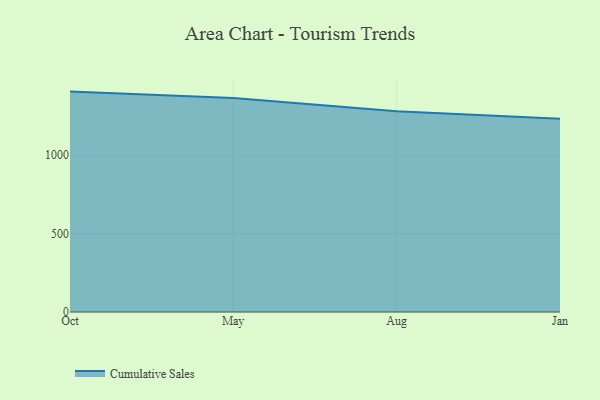
{"axis": {"x": "Month", "y": "Demand Index"}, "legend": ["Cumulative Sales"], "data": [{"x": "Oct", "y": 1406.3, "type": "Cumulative Sales"}, {"x": "May", "y": 1365.5, "type": "Cumulative Sales"}, {"x": "Aug", "y": 1281.0, "type": "Cumulative Sales"}, {"x": "Jan", "y": 1233.5, "type": "Cumulative Sales"}]}